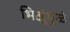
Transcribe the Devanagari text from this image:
भिक्षूंमुळे